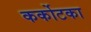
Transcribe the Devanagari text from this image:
कर्कोटका